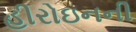
હીરોઇનની